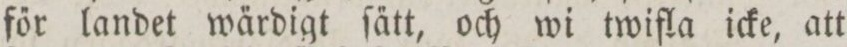
főr landet wa̋rdigt ſa̋tt, och wi twifla icke, att